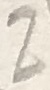
Text: Z